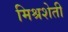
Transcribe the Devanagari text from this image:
मिश्रशेती